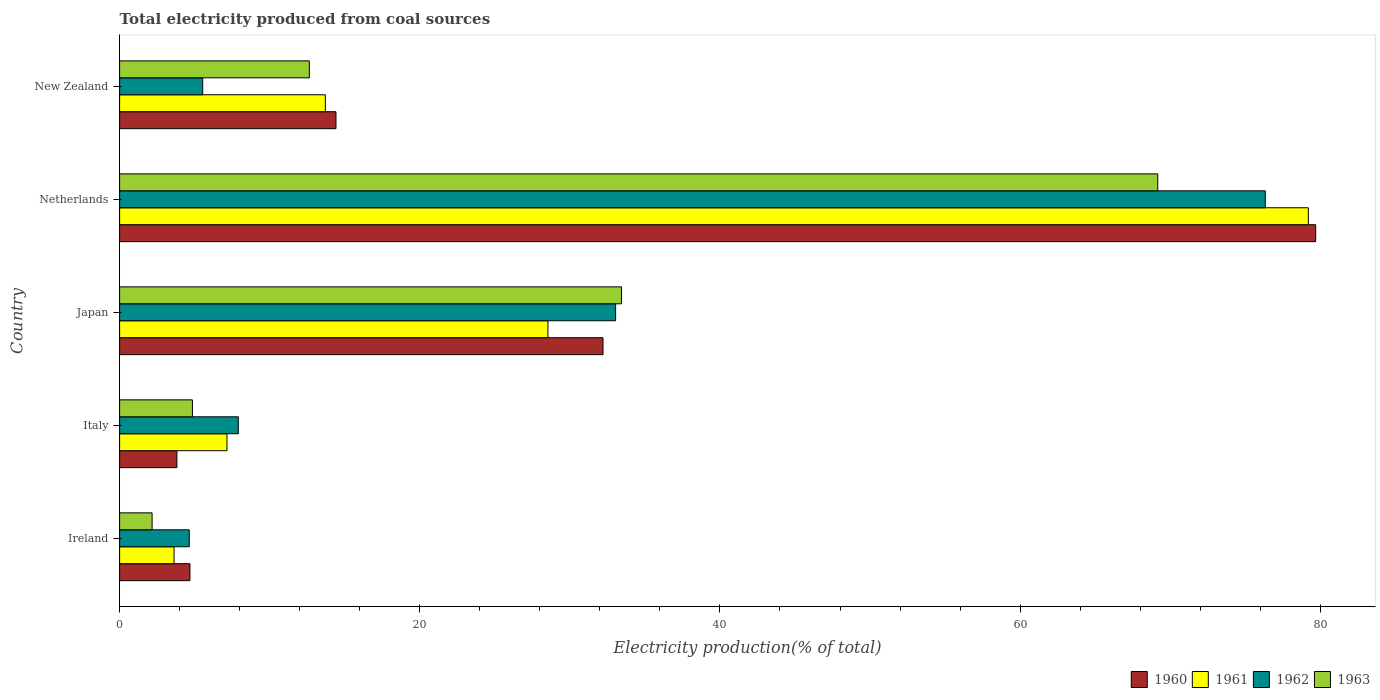
| Country | 1960 | 1961 | 1962 | 1963 |
 | --- | --- | --- | --- | --- |
 | Ireland | 4.69 | 3.63 | 4.64 | 2.16 |
 | Italy | 3.82 | 7.15 | 7.91 | 4.85 |
 | Japan | 32.2 | 28.5 | 33 | 33.4 |
 | Netherlands | 79.7 | 79.2 | 76.3 | 69.2 |
 | New Zealand | 14.4 | 13.7 | 5.54 | 12.6 |